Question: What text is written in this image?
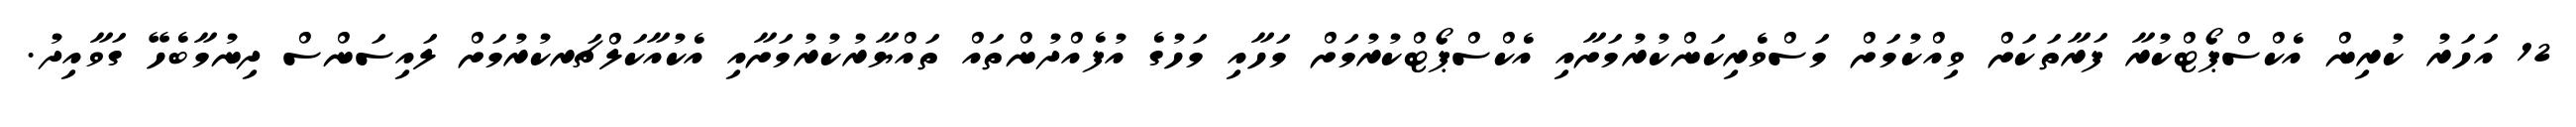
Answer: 12 އަހަރު ކުރިން އެކްސްޕޯޓްކުރާ ފަރާތަކަށް ވިއްކުމަށް މަސްވެރިކަންކުރުމަށާއި އެކްސްޕޯޓްކުރުމަށް މަހާއި މަހުގެ އުފެއްދުންތައް ތައްޔާރުކުރުމަށާއި އެކުއާކަލްޗަރކުރުމަށް ލައިސަންސް ދިނުމާބެހޭ ގަވާއިދު.